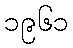
၁၉၆၁